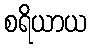
စရိယာယ